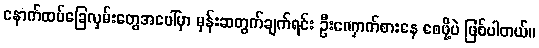
နောက်ထပ်ခြေလှမ်းတွေအပေါ်မှာ မှန်းဆတွက်ချက်ရင်း ဦးဏှောက်စားနေ စေဖို့ပဲ ဖြစ်ပါတယ်။